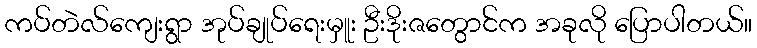
ကပ်တဲလ်ကျေးရွာ အုပ်ချုပ်ရေးမှူး ဦးဒိုးဇတွောင်က အခုလို ပြောပါတယ်။